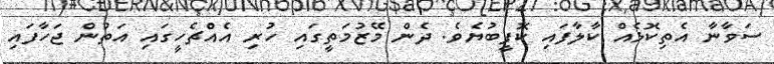
ސަވާނާ އެތިކޮޅެއް ކާލާފައި ކޮފީބުޔެވެ. ދެން މޭޒުމަތީގައި ހުރި އެއްޗެހީގައި އަތުން ޖަހާފައި